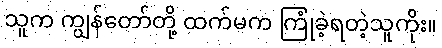
သူက ကျွန်တော်တို့ ထက်မက ကြုံခဲ့ရတဲ့သူကိုး။